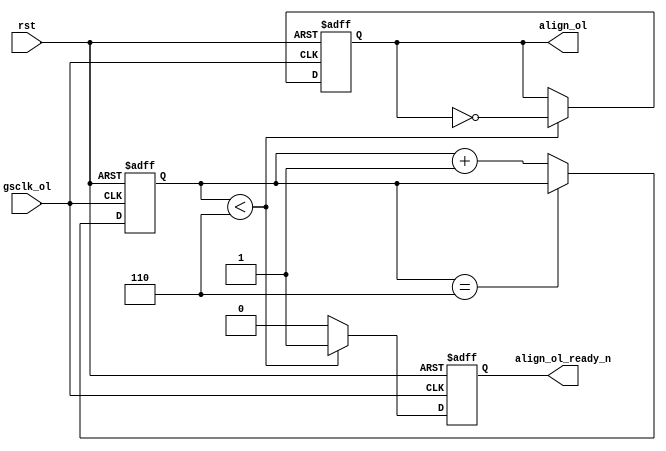
module ologic_aligner(
input 	wire gsclk_ol,
input 	wire rst,
output 	reg align_ol,
output  reg align_ol_ready_n
);
parameter  bitslip_bits = 4'h3;
localparam cnt_val = bitslip_bits*2;

reg [4:0]  cnt;

always @(posedge gsclk_ol or posedge rst) begin
	if (rst) begin
		cnt <= 5'b00000;
	end
	else begin
		if (cnt == cnt_val) begin
			cnt <= cnt;
		end
		else begin
			cnt <= cnt + 1;
		end
	end
end

always @(posedge gsclk_ol or posedge rst) begin
	if (rst) begin
		align_ol <= 1'b1;
		align_ol_ready_n <= 1'b1;
	end
	else begin
		if (cnt < cnt_val) begin
			align_ol <= ~align_ol;
			align_ol_ready_n <= 1'b1;
		end
		else begin
			align_ol_ready_n <= 1'b0;
		end
	end
end

endmodule